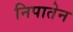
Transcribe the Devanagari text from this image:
निपातेन